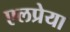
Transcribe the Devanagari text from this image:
एलप्रेया